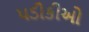
પડીકીઓ